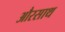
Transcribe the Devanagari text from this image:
औरसाथ